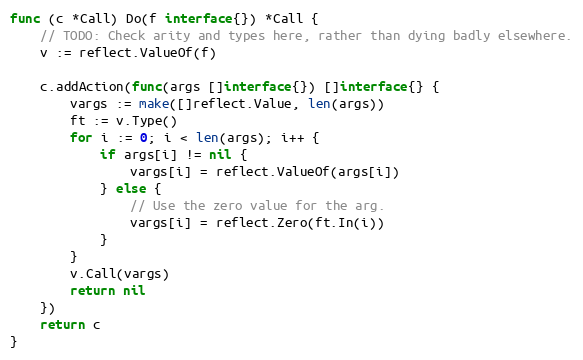
Language: Go
func (c *Call) Do(f interface{}) *Call {
	// TODO: Check arity and types here, rather than dying badly elsewhere.
	v := reflect.ValueOf(f)

	c.addAction(func(args []interface{}) []interface{} {
		vargs := make([]reflect.Value, len(args))
		ft := v.Type()
		for i := 0; i < len(args); i++ {
			if args[i] != nil {
				vargs[i] = reflect.ValueOf(args[i])
			} else {
				// Use the zero value for the arg.
				vargs[i] = reflect.Zero(ft.In(i))
			}
		}
		v.Call(vargs)
		return nil
	})
	return c
}